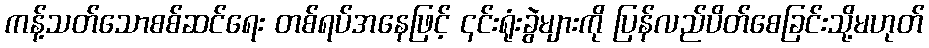
ကန့်သတ်သောစစ်ဆင်ရေး တစ်ရပ်အနေဖြင့် ၎င်းရုံးခွဲများကို ပြန်လည်ပိတ်စေခြင်းသို့မဟုတ်